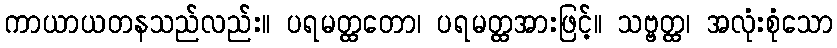
ကာယာယတနသည်လည်း။ ပရမတ္ထတော၊ ပရမတ္ထအားဖြင့်။ သဗ္ဗတ္ထ၊ အလုံးစုံသော